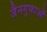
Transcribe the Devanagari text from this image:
जैनगुफाओं